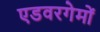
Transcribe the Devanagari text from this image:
एडवरगेमों